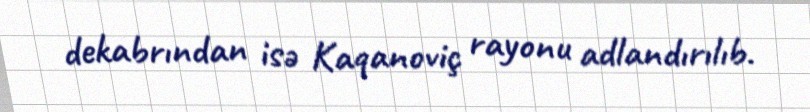
dekabrından isə Kaqanoviç rayonu adlandırılıb.